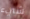
شيء